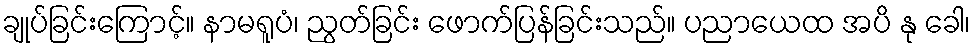
ချုပ်ခြင်းကြောင့်။ နာမရူပံ၊ ညွတ်ခြင်း ဖောက်ပြန်ခြင်းသည်။ ပညာယေထ အပိ နု ခေါ၊